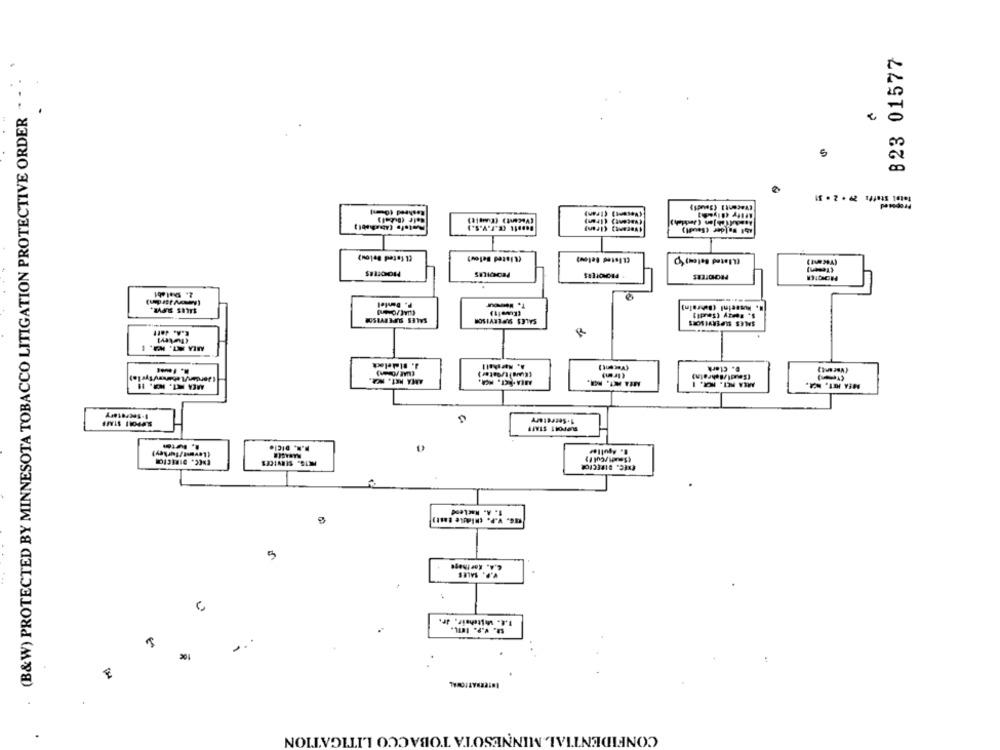
823 01577
(B&W) PROTECTED BY MINNESOTA TOBACCO LITIGATION PROTECTIVE ORDER . -
Total Staff: 29 . 2 . 31
Rasheed (0 == )
(Recent] (Soudi)
Proposed
(Vacant) (Euweit)
(Macent) (iram)
Patofe (Abachabl )
Beeste (E.F.V.S.)
(uscant) (Iran]
461 Falder (Saudi)
CL fated Below)
(Listed Below)
CListed Below)
(Tesen]
MOOIEES
PEÓNPILES
* PROMOTERS
PROMOTEES
2. Shalab1
SILES SUPVE.
P. Dentel
T. Hou
1. husseinl (Bahrain)
s. Borry (Saudi)
SALES SUPERVISOR
SALES SUPERVISOR
SALES SUPERVISORS
E.A. Je !!
(Turkey]
3. Blakelock
A. Marshall
(Vecent)
D. Clark
AREA T. ICH. 11
AMA HET. NA.
ALA FLI. NOR. I
MEA HET. MA.
1.Secretary
S.PPONI STAFF
SUPPORT STAFF
.. N. DICÍ.
(Sousti /Cul f}
ERCC. DIRECTOR
EHEC. DIRECTOR
1. A. RacLend
c. v.P. chidie Cast)
V.P. SALES
I.E. Whitehair, dr.
S. v.P. IL.
INTERNATIONAL
CONFIDENTIAL MINNESOTA TOBACCO LITIGATION